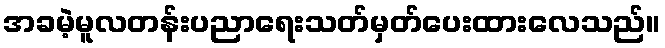
အခမဲ့မူလတန်းပညာရေးသတ်မှတ်ပေးထားလေသည်။